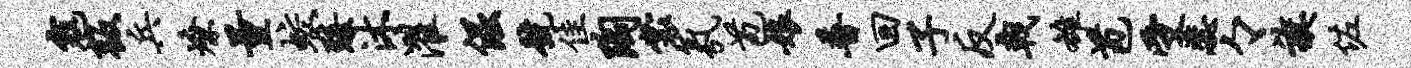
寇叛兵燎量蛟臻沐濯倔号佳陶裳氛苞娘普回子反戟雒苞受蕊々旗佐